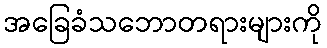
အခြေခံသဘောတရားများကို